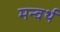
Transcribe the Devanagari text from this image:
मन्वर्थ